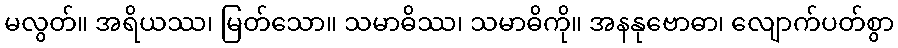
မလွတ်။ အရိယဿ၊ မြတ်သော။ သမာဓိဿ၊ သမာဓိကို။ အနနုဗောဓာ၊ လျောက်ပတ်စွာ